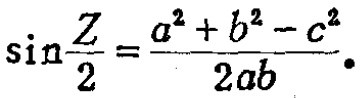
\(\sin\frac{Z}{2}=\frac{a^{2}+b^{2}-c^{2}}{2ab}\)